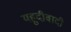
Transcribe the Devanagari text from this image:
यहूदीवादी